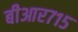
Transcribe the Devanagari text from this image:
बीआर७१५